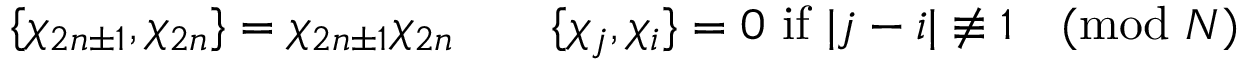
\{ \chi _ { 2 n \pm 1 } , \chi _ { 2 n } \} = \chi _ { 2 n \pm 1 } \chi _ { 2 n } \qquad \{ \chi _ { j } , \chi _ { i } \} = 0 \mathrm { ~ i f ~ } | j - i | \not \equiv 1 \pmod { N }